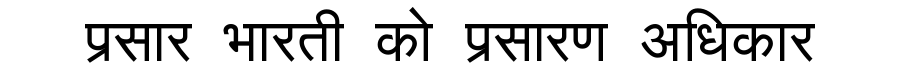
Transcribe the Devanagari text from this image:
प्रसार भारती को प्रसारण अधिकार